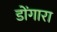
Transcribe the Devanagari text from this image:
डोंगारा